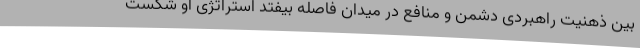
بین ذهنیت راهبردی دشمن و منافع در میدان فاصله بیفتد استراتژی او شکست